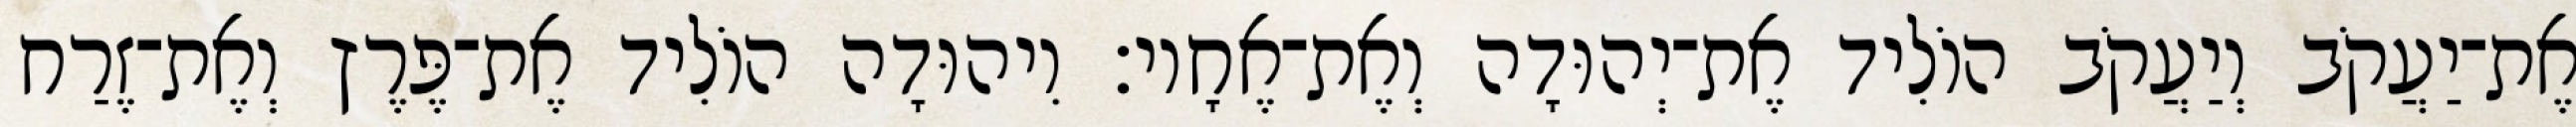
אֶת־יַעֲקֹב וְיַעֲקֹב הוֹלִיד אֶת־יְהוּדָה וְאֶת־אֶחָיו׃ וִיהוּדָה הוֹלִיד אֶת־פֶּרֶץ וְאֶת־זֶרַח